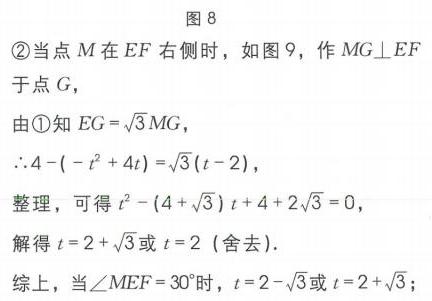
图8
\textcircled{2}当点\(M\)在\(EF\)右侧时，如图9，作\(MG\perp EF\)于点\(G\)，
由\textcircled{1}知\(EG = \sqrt{3}MG\)，
\(\therefore4-(-t^{2}+4t)=\sqrt{3}(t - 2)\)，
整理，可得\(t^{2}-(4 + \sqrt{3})t+4 + 2\sqrt{3}=0\)，
解得\(t = 2+\sqrt{3}\)或\(t = 2\)（舍去）.
综上，当\(\angle MEF = 30^{\circ}\)时，\(t = 2-\sqrt{3}\)或\(t = 2+\sqrt{3}\)；